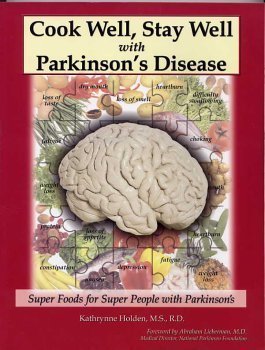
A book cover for Cook Well, Stay Well with Parkinson's Disease - Super Foods for Super People with Parkinson's; M.S., R.D. Kathrynne Holden; Health, Fitness & Dieting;